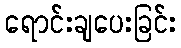
ရောင်းချပေးခြင်း